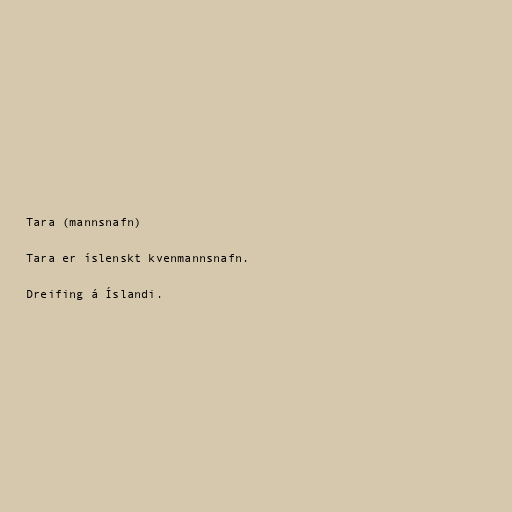
Tara (mannsnafn)

Tara er íslenskt kvenmannsnafn.

Dreifing á Íslandi.